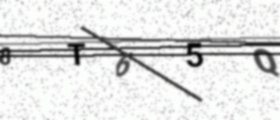
Text: 8T65Q